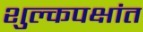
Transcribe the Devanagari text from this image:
शुल्कपक्षांत